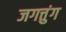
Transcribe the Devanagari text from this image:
जगत्तुंग